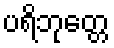
ပရိဘုတ္တေ